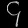
Digit: ၄